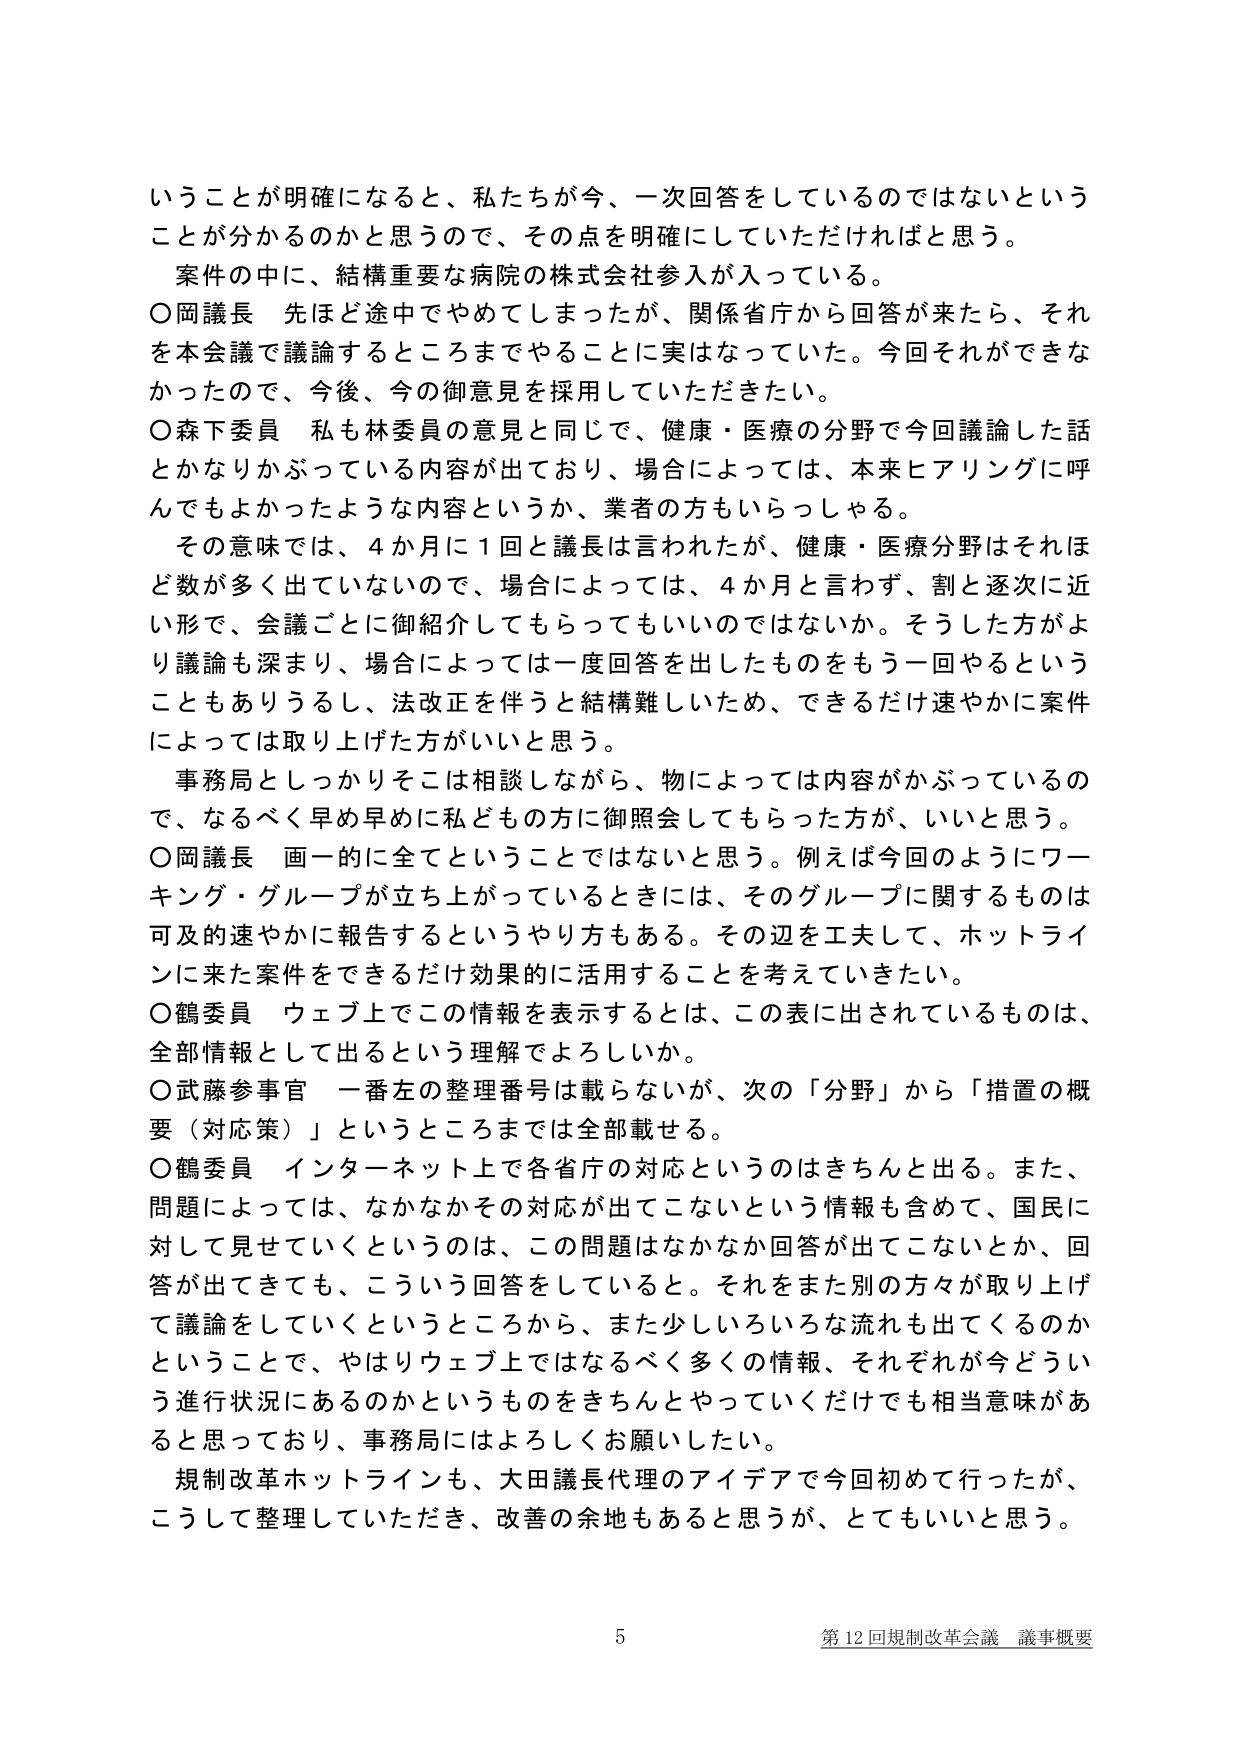
いうことが明確になると、私たちが今、一次回答をしているのではないということが分かるのかと思うので、その点を明確にしていただければと思う。

案件の中に、結構重要な病院の株式会社参入が入っている。

○岡議長　先ほど途中でやめてしまったが、関係省庁から回答が来たら、それを本会議で議論するところまでやることに実はなっていた。今回それができなかったので、今後、今の御意見を採用していただきたい。

○森下委員　私も林委員の意見と同じで、健康・医療の分野で今回議論した話とかなりかぶっている内容が出ており、場合によっては、本来ヒアリングに呼んでもよかったような内容というか、業者の方もいらっしゃる。

その意味では、4か月に1回と議長は言われたが、健康・医療分野はそれほど数が多く出ていないので、場合によっては、4か月と言わず、割と逐次に近い形で、会議ごとに御紹介してもらってもいいのではないか。そうした方がより議論も深まり、場合によっては一度回答を出したものをもう一回やるということもありうるし、法改正を伴うと結構難しいため、できるだけ速やかに案件によっては取り上げた方がいいと思う。

事務局としっかりそこは相談しながら、物によっては内容がかぶっているので、なるべく早め早めに私どもの方に御照会してもらった方が、いいと思う。

○岡議長　画一的に全てということではないと思う。例えば今回のようにワーキング・グループが立ち上がっているときには、そのグループに関するものは可及的速やかに報告するというやり方もある。その辺を工夫して、ホットラインに来た案件をできるだけ効果的に活用することを考えてきたい。

○鶴委員　ウェブ上でこの情報を表示するとは、この表に出されているものは、全部情報として出るという理解でよろしいか。

○武藤参事官　一番左の整理番号は載らないが、次の「分野」から「措置の概要（対応策）」というところまでは全部載せる。

○鶴委員　インターネット上で各省庁の対応というのはきちんと出る。また、問題によっては、なかなかその対応が出てこないという情報も含めて、国民に対して見せていくというのは、この問題はなかなか回答が出てこないとか、回答が出てきても、こういう回答をしていると。それをまた別の方向が取り上げて議論をしていくというところから、また少しずついろんな流れも出てくるのかということで、やはりウェブ上ではなるべく多くの情報、それぞれが今どういう進行状況にあるのかというものをきちんとやっていくだけでも相当意味があると思っており、事務局にはよろしくお願いしたい。

規制改革ホットラインも、大田議長代理のアイデアで今回初めて行ったが、こうして整理していただき、改善の余地もあると思うが、とてもいいと思う。

5 第12回規制改革会議 議事概要